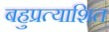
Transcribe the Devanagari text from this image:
बहुप्रत्याशित